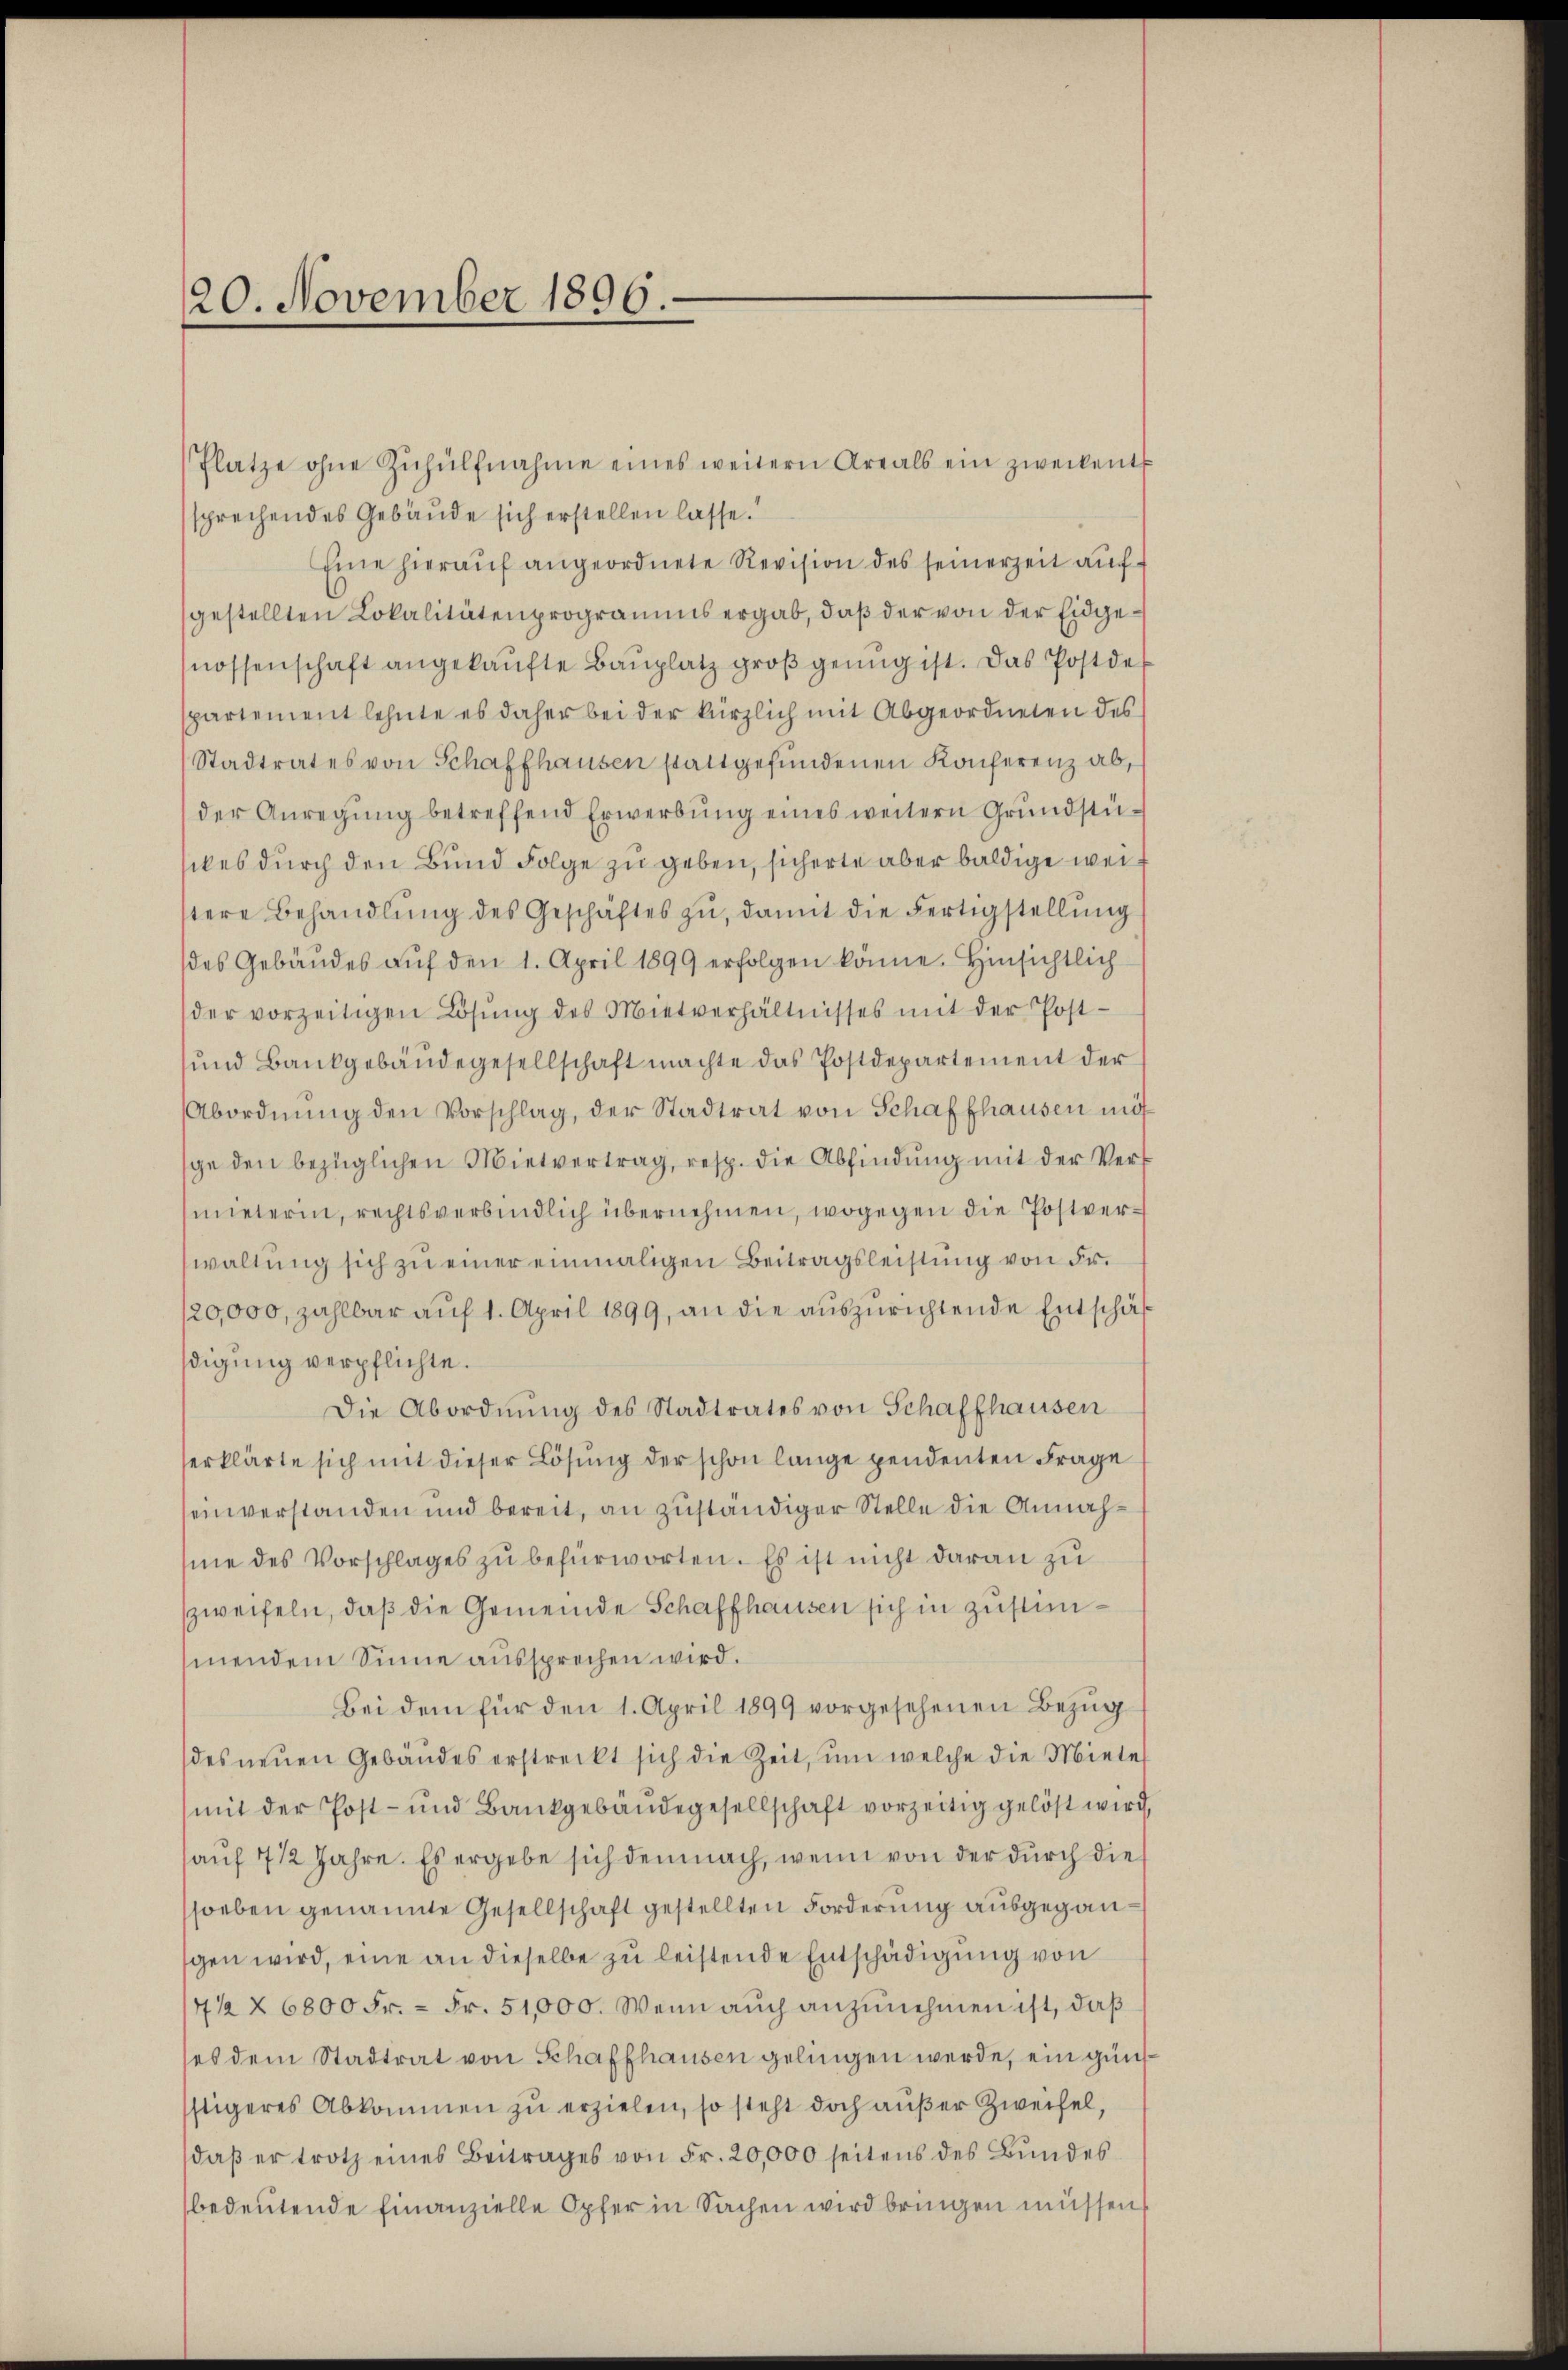
20. November 1896.

Plätze ohne Zŭhülfnahme eines weitern Areals ein zweckent
sprechendes Gebäude sich erstellen lasse.
Eine hierauf angeordnete Revision des seinerzeit auf
gestellten Lokalitätenprogramms ergab, daß der von der Eidgenossenschaft angekaŭfte Baŭplatz groß genug ist. Das Postde
partement lehnte es daher bei der kürzlich mit Abgeordneten des
Stadtrates von Schaffhausen stattgefundenen Konferenz ab,
der Anregung betreffend Erwerbung eines weitern Grundstückes durch den Bund Folge zu geben, sicherte aber baldige weistere Behandlŭng des Geschäftes zŭ, damit die Fertigstellŭng
des Gebäŭdes aŭf den 1. April 1899 erfolgen könne. Hinsichtlich
der vorzeitigen Lösŭng des Mietverhältnisses mit der Post-
und Bankgebäudegesellschaft machte das Postdepartement der
Abordnŭng den Vorschlag, der Stadtrat von Schaffhausen mit
sge den bezüglichen Mietvertrag, resp. die Abfindŭng mit der Vermneterin, rechtsverbindlich übernehmen, wogegen die Postverwaltung sich zu einer einmaligen Beitragsleistung von Fr.
20,000, zahlbar auf 1. April 1899, an die auszurichtende Entschäf
digung verpflichte.
Die Abordnŭng des Stadtrates von Schaffhausen
erklärte sich mit dieser Lösung der schon lange pendenten Frage
seinverstanden und bereit, an zuständiger Stelle die Annahme des Vorschlages zu befürworten. Es ist nicht daran zu
zweifeln, daß die Gemeinde Schaffhausen sich in Zustimsmendem Sinne aussprechen wird.
Bei dem für den 1. April 1899 vorgesehenen Bezug
des neuen Gebäudes erstreckt sich die Zeit, um welche die Miete
mit der Post- und Bankgebäŭdegesellschaft vorzeitig gelöst wird,
auf 7 1/2 Jahre. Es ergebe sich demnach, wenn von der durch die
soeben genannte Gesellschaft gestellten Forderung ausgegangen wird, eine an dieselbe zu leistende Entschädigung von
412 § 6800 Fr. = Fr. 51,000. Wenn auch anzunehmen ist, daß
ses dem Stadtrat von Schaffhausen gelingen werde, ein günstigeres Abkommen zŭ erzielen, so steht doch außer Zweifel,
daβ er trotz eines Beitrages von Fr. 20,000 seitens des Bundes
bedeutende Finanzielle Opfer in Sachen wird bringen müssen,